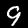
Label: 9